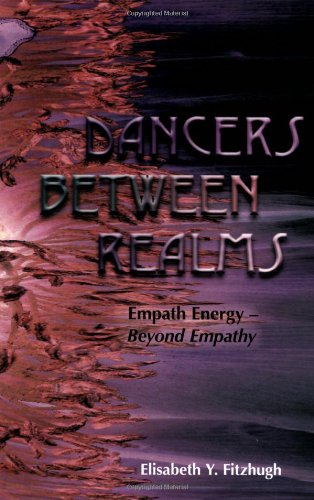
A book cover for Dancers Between Realms - Empath Energy, Beyond Empathy; Elisabeth Y. Fitzhugh; Religion & Spirituality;